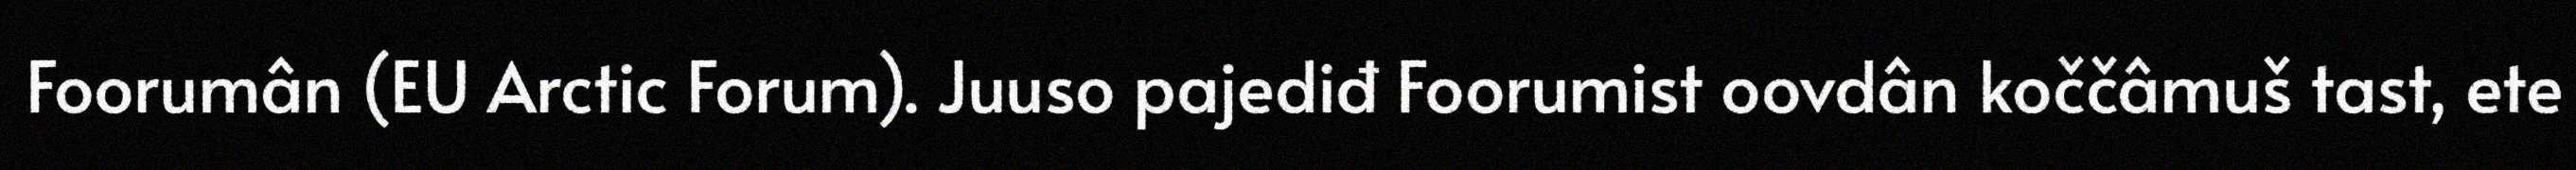
Foorumân (EU Arctic Forum). Juuso pajediđ Foorumist oovdân koččâmuš tast, ete